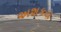
અશકય